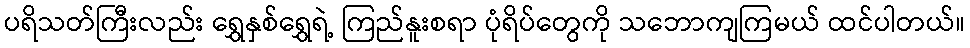
ပရိသတ်ကြီးလည်း ရွှေနှစ်ရွှေရဲ့ ကြည်နူးစရာ ပုံရိပ်တွေကို သဘောကျကြမယ် ထင်ပါတယ်။